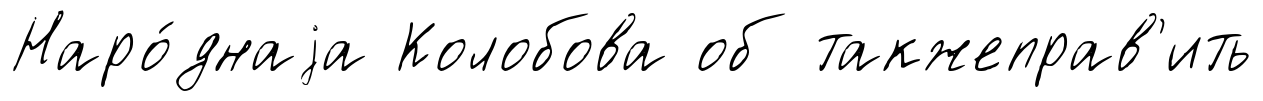
Наро́днаjа Колобова об такжеправ'ить